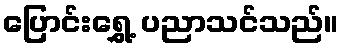
ပြောင်းရွှေ့ ပညာသင်သည်။